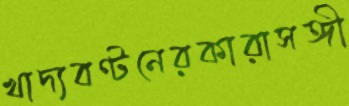
খাদ্যবণ্টনেরকারাসঙ্গী